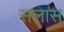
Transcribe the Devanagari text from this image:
सलास